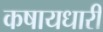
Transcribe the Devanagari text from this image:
कषायधारी